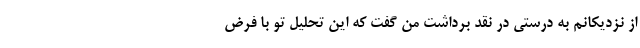
از نزدیکانم به درستی در نقد برداشت من گفت که این تحلیل تو با فرض